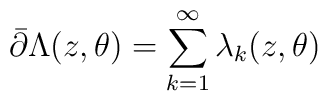
\bar\partial \Lambda(z,\theta) =\sum^\infty_{k=1}\lambda_k(z,\theta)